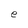
Character: e